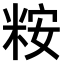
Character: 𫃀